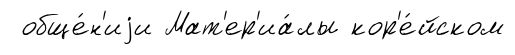
обще́н'иjи Мат'ер'иа́лы кор'е́йском